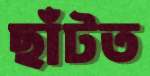
ছাঁটত